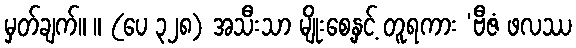
မှတ်ချက်။ ။ (ပေ ၃၂၈) အသီးသာ မျိုးစေ့နှင့် တူရကား ‘ဗီဇံ ဖလဿ